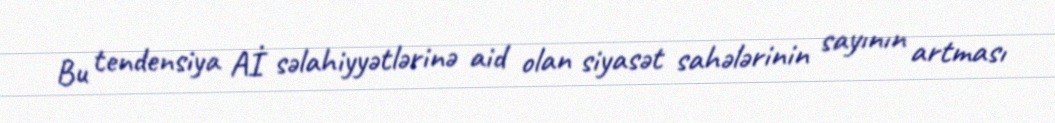
Bu tendensiya Aİ səlahiyyətlərinə aid olan siyasət sahələrinin sayının artması